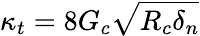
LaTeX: \kappa_{t}=8G_{c}\sqrt{R_{c}\delta_{n}}